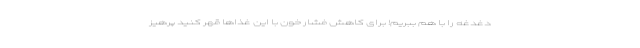
دغدغه را با هم ببریم! برای کاهش فشار خون با این غذاها قهر کنید پرهیز